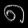
Digit: ၈